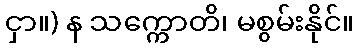
ငှာ။) န သက္ကောတိ၊ မစွမ်းနိုင်။